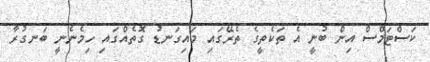
ކަސްޓަމްސް އިން ބުނީ އެ ތަކެތީގެ ތެރޭގައި މައިގަނޑު ގޮތެއްގައި ހިމެނެނީ ބަނގުރާ